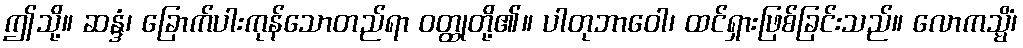
ဤသို့။ ဆန္ဒံ၊ ခြောက်ပါးကုန်သောတည်ရာ ဝတ္ထုတို့၏။ ပါတုဘာဝေါ၊ ထင်ရှားဖြစ်ခြင်းသည်။ လောကသ္မိံ၊